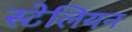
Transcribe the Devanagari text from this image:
स्टेलियन